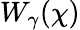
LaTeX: W_{\gamma}(\chi)